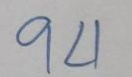
94